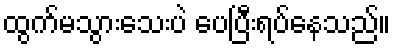
ထွက်မသွားသေးပဲ ပေပြီးရပ်နေသည်။